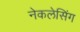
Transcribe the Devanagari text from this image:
नेकलेसिंग